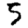
Digit: 5